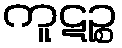
ကူဋဉ္စ